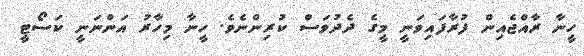
ހީނާ ރާއްޖެއިން ފުރާފައިވަނީ މީގެ ދެދުވަސް ކުރިންނެވެ. ހީނާ މިހާރު އަންނަނީ ކަސޯޓީ